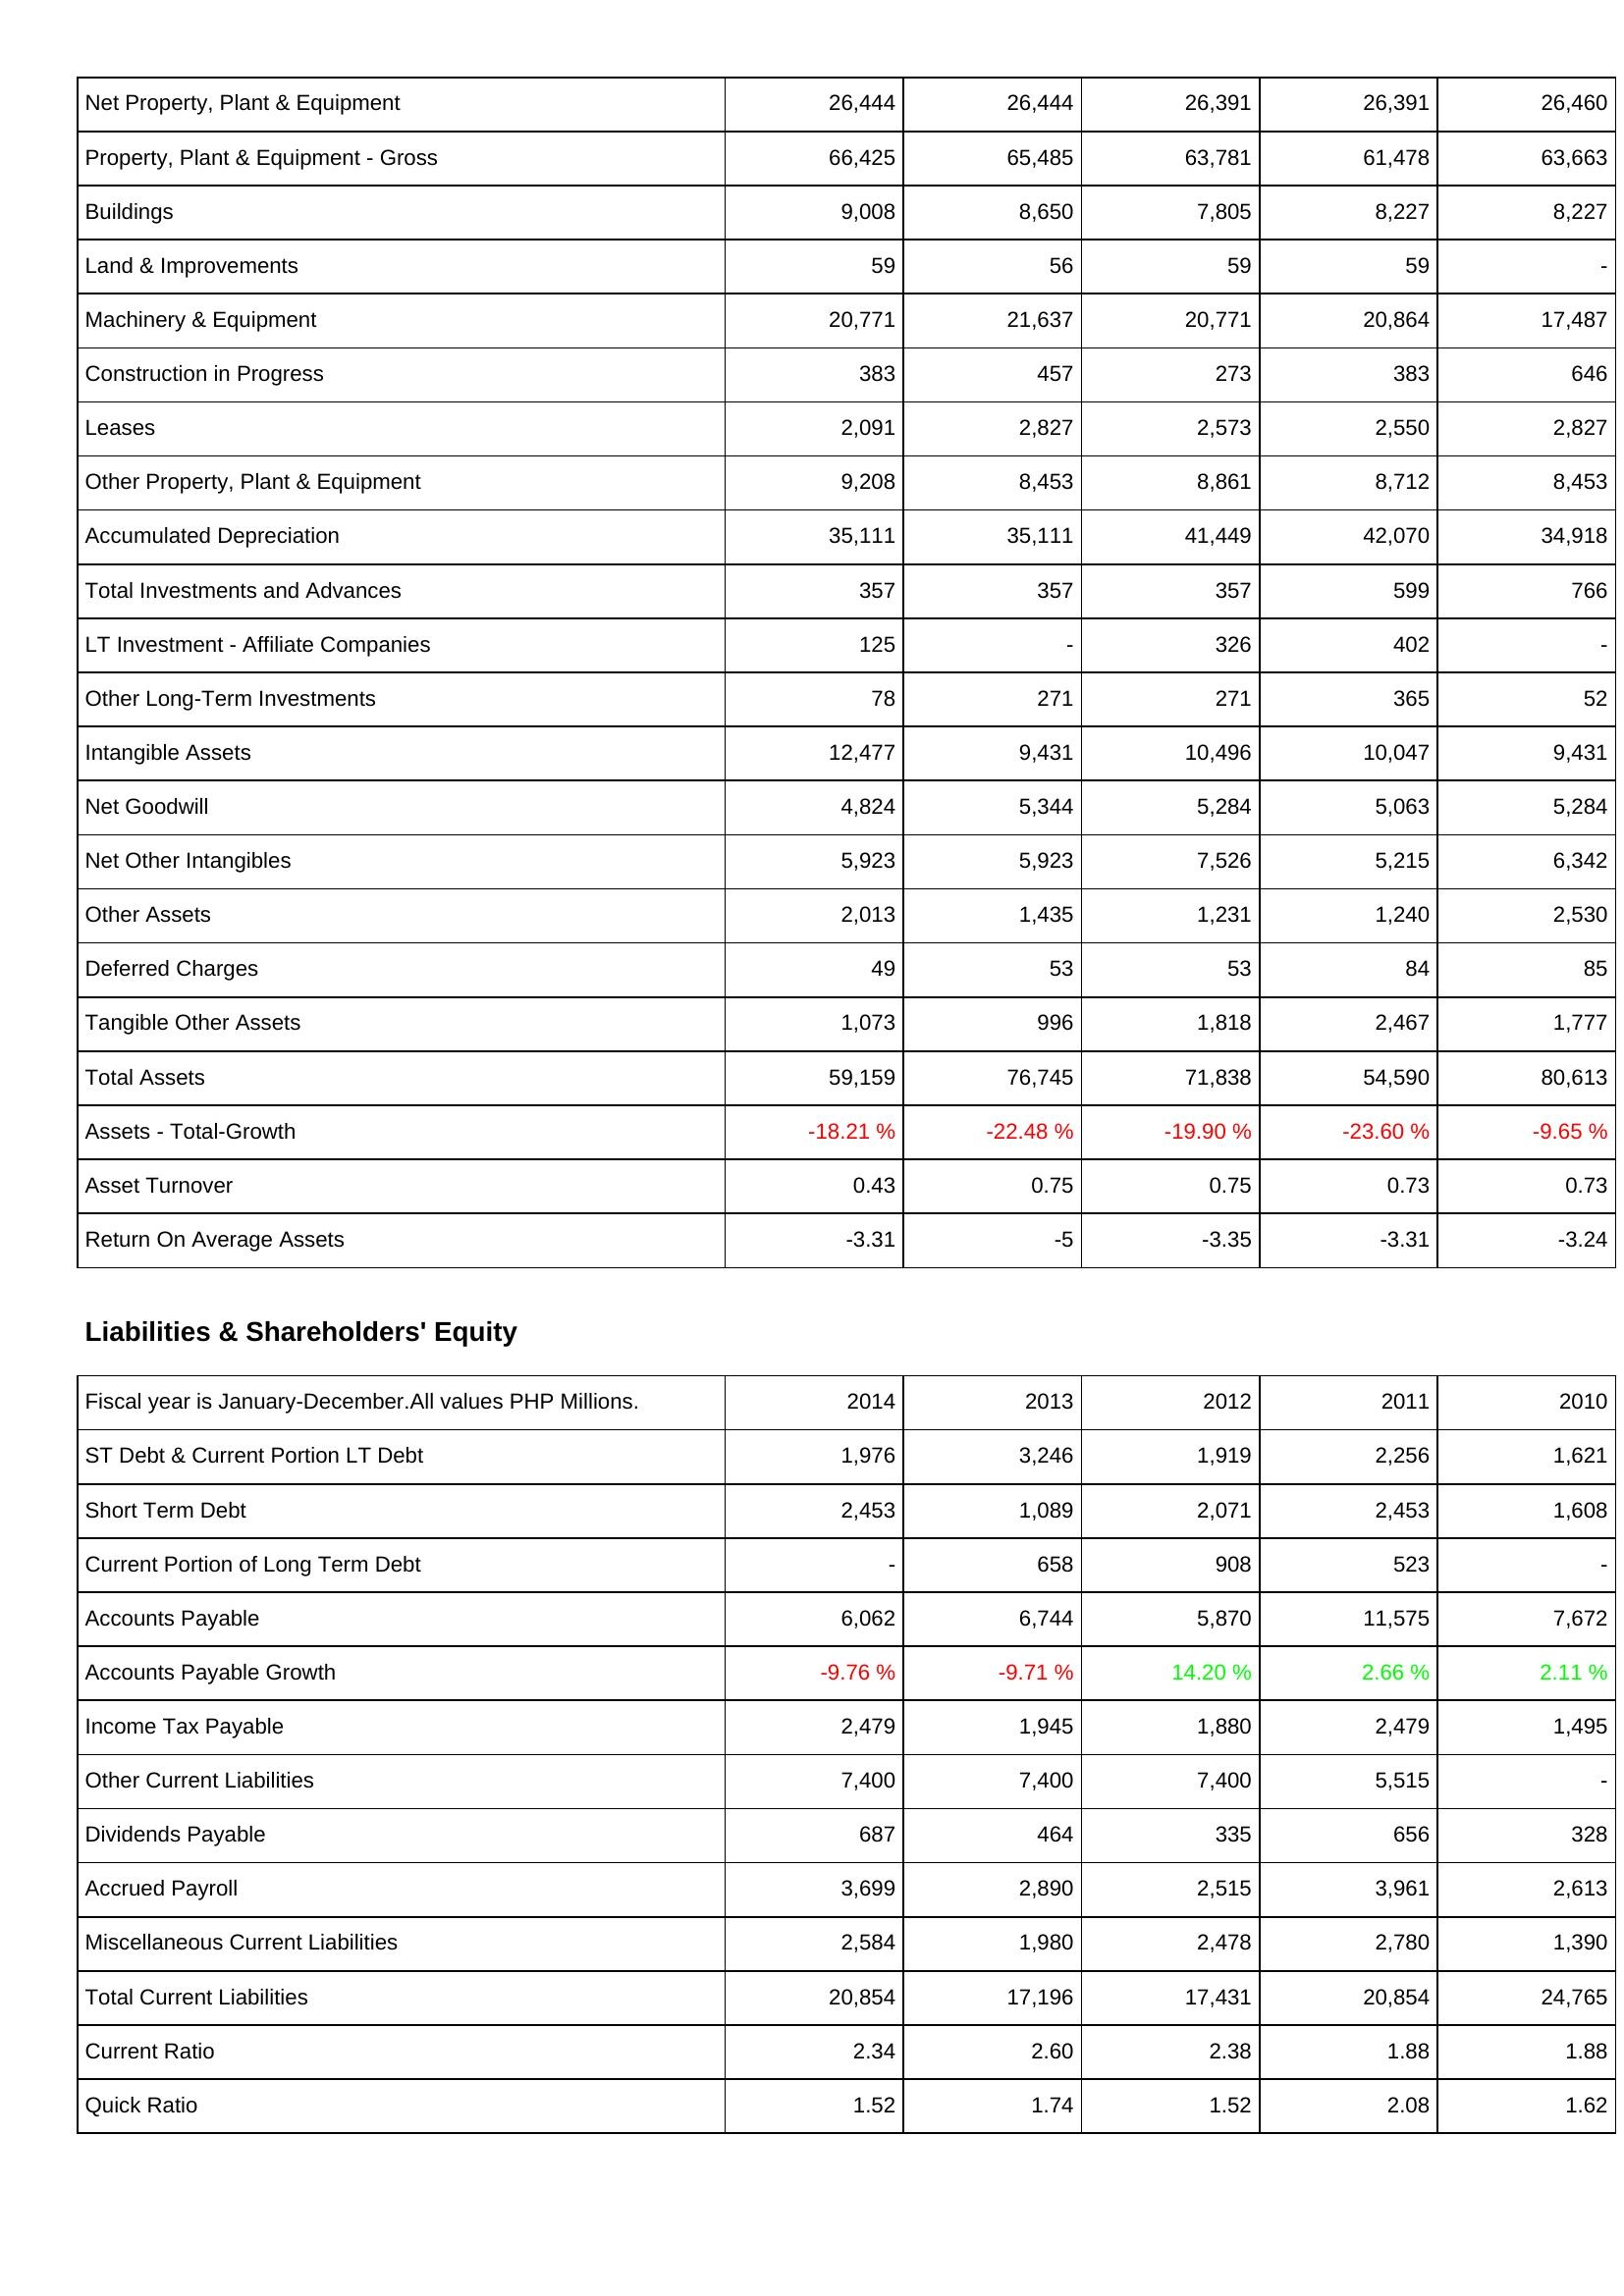
2014: Assets: Net Property, Plant & Equipment: 26,444
Property, Plant & Equipment - Gross: 66,425
Buildings: 9,008
Land & Improvements: 59
Machinery & Equipment: 20,771
Construction in Progress: 383
Leases: 2,091
Other Property, Plant & Equipment: 9,208
Accumulated Depreciation: 35,111
Total Investments and Advances: 357
LT Investment - Affiliate Companies: 125
Other Long-Term Investments: 78
Intangible Assets: 12,477
Net Goodwill: 4,824
Net Other Intangibles: 5,923
Other Assets: 2,013
Deferred Charges: 49
Tangible Other Assets: 1,073
Total Assets: 59,159
Assets - Total-Growth: -18.21 %
Asset Turnover: 0.43
Return On Average Assets: -3.31
Liabilities & Shareholders' Equity: ST Debt & Current Portion LT Debt: 1,976
Short Term Debt: 2,453
Current Portion of Long Term Debt: -
Accounts Payable: 6,062
Accounts Payable Growth: -9.76 %
Income Tax Payable: 2,479
Other Current Liabilities: 7,400
Dividends Payable: 687
Accrued Payroll: 3,699
Miscellaneous Current Liabilities: 2,584
Total Current Liabilities: 20,854
Current Ratio: 2.34
Quick Ratio: 1.52
2013: Assets: Net Property, Plant & Equipment: 26,444
Property, Plant & Equipment - Gross: 65,485
Buildings: 8,650
Land & Improvements: 56
Machinery & Equipment: 21,637
Construction in Progress: 457
Leases: 2,827
Other Property, Plant & Equipment: 8,453
Accumulated Depreciation: 35,111
Total Investments and Advances: 357
LT Investment - Affiliate Companies: -
Other Long-Term Investments: 271
Intangible Assets: 9,431
Net Goodwill: 5,344
Net Other Intangibles: 5,923
Other Assets: 1,435
Deferred Charges: 53
Tangible Other Assets: 996
Total Assets: 76,745
Assets - Total-Growth: -22.48 %
Asset Turnover: 0.75
Return On Average Assets: -5
Liabilities & Shareholders' Equity: ST Debt & Current Portion LT Debt: 3,246
Short Term Debt: 1,089
Current Portion of Long Term Debt: 658
Accounts Payable: 6,744
Accounts Payable Growth: -9.71 %
Income Tax Payable: 1,945
Other Current Liabilities: 7,400
Dividends Payable: 464
Accrued Payroll: 2,890
Miscellaneous Current Liabilities: 1,980
Total Current Liabilities: 17,196
Current Ratio: 2.60
Quick Ratio: 1.74
2012: Assets: Net Property, Plant & Equipment: 26,391
Property, Plant & Equipment - Gross: 63,781
Buildings: 7,805
Land & Improvements: 59
Machinery & Equipment: 20,771
Construction in Progress: 273
Leases: 2,573
Other Property, Plant & Equipment: 8,861
Accumulated Depreciation: 41,449
Total Investments and Advances: 357
LT Investment - Affiliate Companies: 326
Other Long-Term Investments: 271
Intangible Assets: 10,496
Net Goodwill: 5,284
Net Other Intangibles: 7,526
Other Assets: 1,231
Deferred Charges: 53
Tangible Other Assets: 1,818
Total Assets: 71,838
Assets - Total-Growth: -19.90 %
Asset Turnover: 0.75
Return On Average Assets: -3.35
Liabilities & Shareholders' Equity: ST Debt & Current Portion LT Debt: 1,919
Short Term Debt: 2,071
Current Portion of Long Term Debt: 908
Accounts Payable: 5,870
Accounts Payable Growth: 14.20 %
Income Tax Payable: 1,880
Other Current Liabilities: 7,400
Dividends Payable: 335
Accrued Payroll: 2,515
Miscellaneous Current Liabilities: 2,478
Total Current Liabilities: 17,431
Current Ratio: 2.38
Quick Ratio: 1.52
2011: Assets: Net Property, Plant & Equipment: 26,391
Property, Plant & Equipment - Gross: 61,478
Buildings: 8,227
Land & Improvements: 59
Machinery & Equipment: 20,864
Construction in Progress: 383
Leases: 2,550
Other Property, Plant & Equipment: 8,712
Accumulated Depreciation: 42,070
Total Investments and Advances: 599
LT Investment - Affiliate Companies: 402
Other Long-Term Investments: 365
Intangible Assets: 10,047
Net Goodwill: 5,063
Net Other Intangibles: 5,215
Other Assets: 1,240
Deferred Charges: 84
Tangible Other Assets: 2,467
Total Assets: 54,590
Assets - Total-Growth: -23.60 %
Asset Turnover: 0.73
Return On Average Assets: -3.31
Liabilities & Shareholders' Equity: ST Debt & Current Portion LT Debt: 2,256
Short Term Debt: 2,453
Current Portion of Long Term Debt: 523
Accounts Payable: 11,575
Accounts Payable Growth: 2.66 %
Income Tax Payable: 2,479
Other Current Liabilities: 5,515
Dividends Payable: 656
Accrued Payroll: 3,961
Miscellaneous Current Liabilities: 2,780
Total Current Liabilities: 20,854
Current Ratio: 1.88
Quick Ratio: 2.08
2010: Assets: Net Property, Plant & Equipment: 26,460
Property, Plant & Equipment - Gross: 63,663
Buildings: 8,227
Land & Improvements: -
Machinery & Equipment: 17,487
Construction in Progress: 646
Leases: 2,827
Other Property, Plant & Equipment: 8,453
Accumulated Depreciation: 34,918
Total Investments and Advances: 766
LT Investment - Affiliate Companies: -
Other Long-Term Investments: 52
Intangible Assets: 9,431
Net Goodwill: 5,284
Net Other Intangibles: 6,342
Other Assets: 2,530
Deferred Charges: 85
Tangible Other Assets: 1,777
Total Assets: 80,613
Assets - Total-Growth: -9.65 %
Asset Turnover: 0.73
Return On Average Assets: -3.24
Liabilities & Shareholders' Equity: ST Debt & Current Portion LT Debt: 1,621
Short Term Debt: 1,608
Current Portion of Long Term Debt: -
Accounts Payable: 7,672
Accounts Payable Growth: 2.11 %
Income Tax Payable: 1,495
Other Current Liabilities: -
Dividends Payable: 328
Accrued Payroll: 2,613
Miscellaneous Current Liabilities: 1,390
Total Current Liabilities: 24,765
Current Ratio: 1.88
Quick Ratio: 1.62